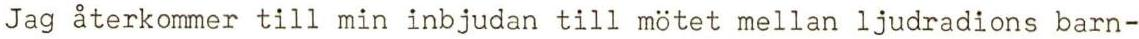
Jag återkommer till min inbjudan till mötet mellan ljudradions barn-